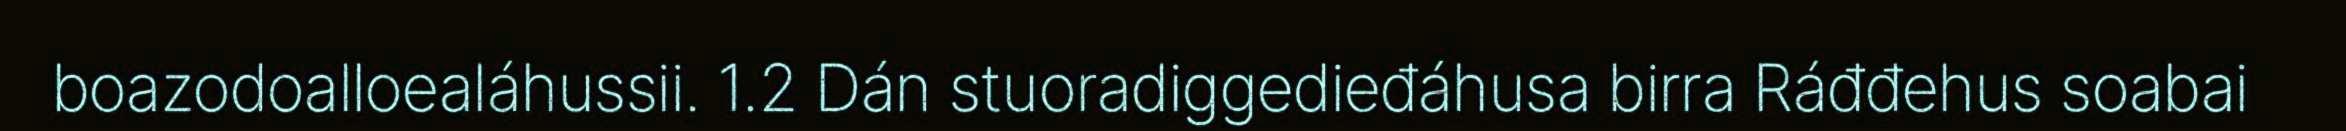
boazodoalloealáhussii. 1.2 Dán stuoradiggedieđáhusa birra Ráđđehus soabai